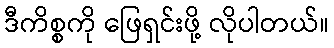
ဒီကိစ္စကို ဖြေရှင်းဖို့ လိုပါတယ်။